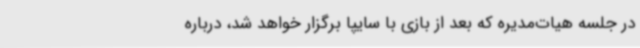
در جلسه هیات‌مدیره که بعد از بازی با سایپا برگزار خواهد شد، درباره